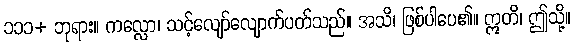
၁၁၁+ ဘုရား။ ကလ္လော၊ သင့်လျော်လျောက်ပတ်သည်။ အသိ၊ ဖြစ်ပါပေ၏။ ဣတိ၊ ဤသို့။